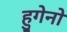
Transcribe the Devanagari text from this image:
हुगेनो